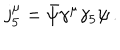
LaTeX: j _ { 5 } ^ { \mu } = \bar { \psi } \gamma ^ { \mu } \gamma _ { 5 } \psi \, .